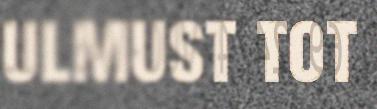
ulmust tot